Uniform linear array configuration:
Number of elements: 48
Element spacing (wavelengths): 0.25
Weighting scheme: hann
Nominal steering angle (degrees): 60
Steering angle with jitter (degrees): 61.302
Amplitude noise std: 0.05
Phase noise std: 0.05

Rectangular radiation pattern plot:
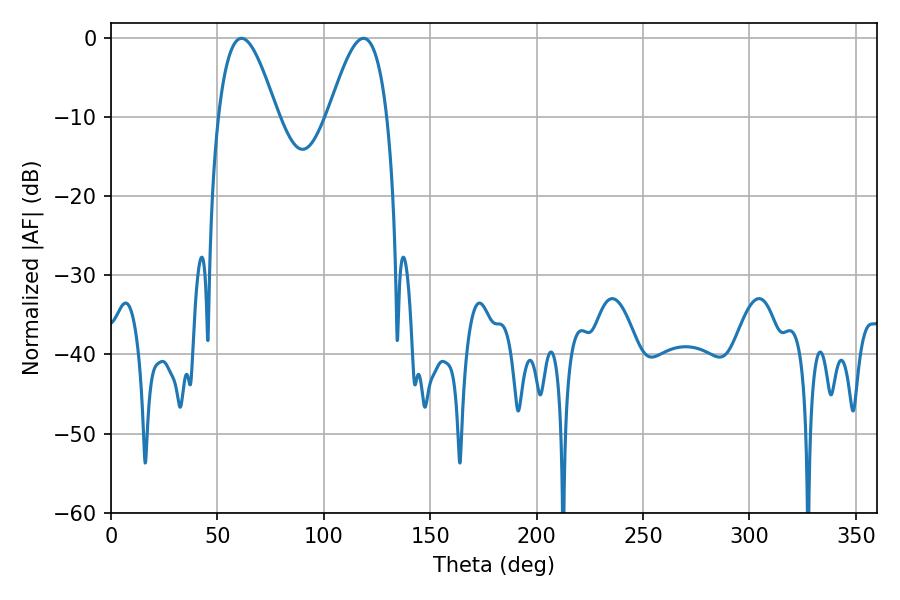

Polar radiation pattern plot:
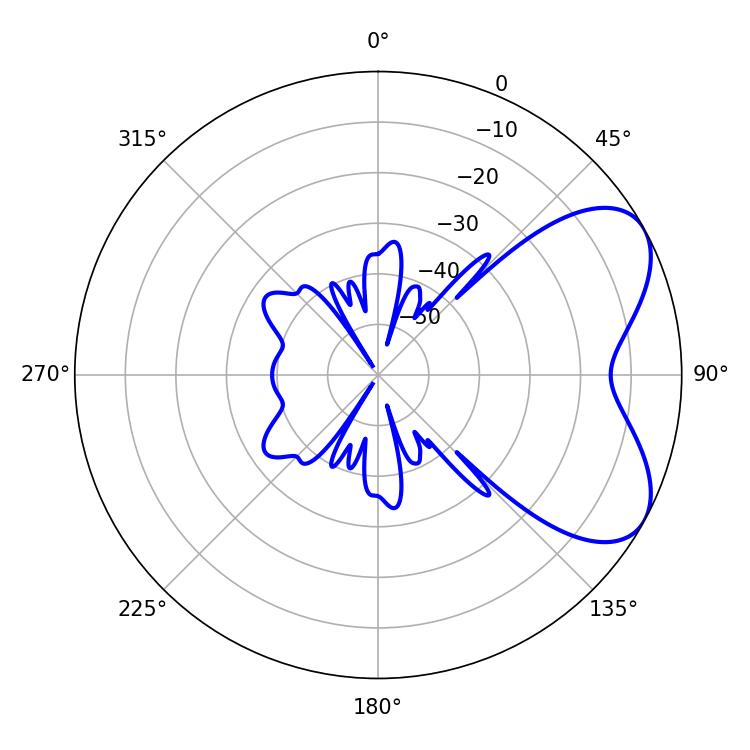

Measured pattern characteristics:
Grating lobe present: FALSE
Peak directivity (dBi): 5.887
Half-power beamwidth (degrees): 14.94
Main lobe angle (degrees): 61.38